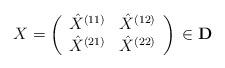
LaTeX: \begin{align*}X=\left(\begin{array}{cc}\hat X^{(11)}&\hat X^{(12)}\\\hat X^{(21)}&\hat X^{(22)}\end{array}\right)\,\in {\bf D}\end{align*}